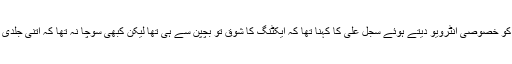
اس حوالے سے ’’ایکسپریس‘‘ کو خصوصی انٹرویو دیتے ہوئے سجل علی کا کہنا تھا کہ ایکٹنگ کا شوق تو بچپن سے ہی تھا لیکن کبھی سوچا نہ تھا کہ اتنی جلدی مجھے کامیابی مل جائے گی۔